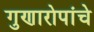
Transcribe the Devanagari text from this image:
गुणारोपांचे